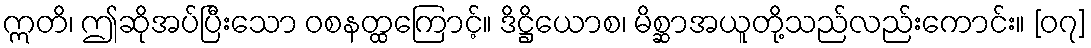
ဣတိ၊ ဤဆိုအပ်ပြီးသော ဝစနတ္ထကြောင့်။ ဒိဋ္ဌိယောစ၊ မိစ္ဆာအယူတို့သည်လည်းကောင်း။ [၀၇]